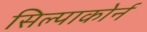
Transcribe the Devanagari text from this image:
सिल्पाकोर्न